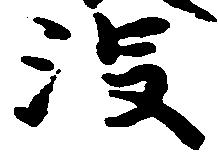
没